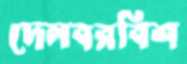
দেলবরবিশ